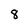
Character: 8